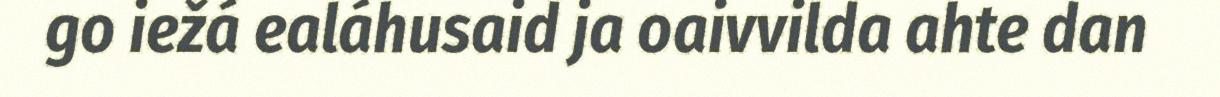
go iežá ealáhusaid ja oaivvilda ahte dan